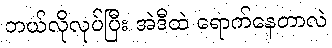
ဘယ်လိုလုပ်ပြီး အဲဒီထဲ ရောက်နေတာလဲ